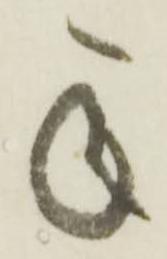
承